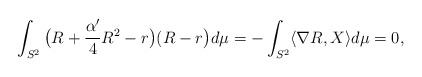
\begin{align*}\int_{S^2}\big(R+\frac{\alpha'}{4}R^2-r\big)(R-r\big)d\mu&=-\int_{S^2}\langle\nabla R,X\rangle d\mu=0,\end{align*}